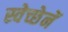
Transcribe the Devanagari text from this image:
स्वेच्छेनें